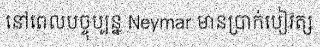
នៅពេលបច្ចុប្បន្ន Neymar មានប្រាក់បៀវត្ស